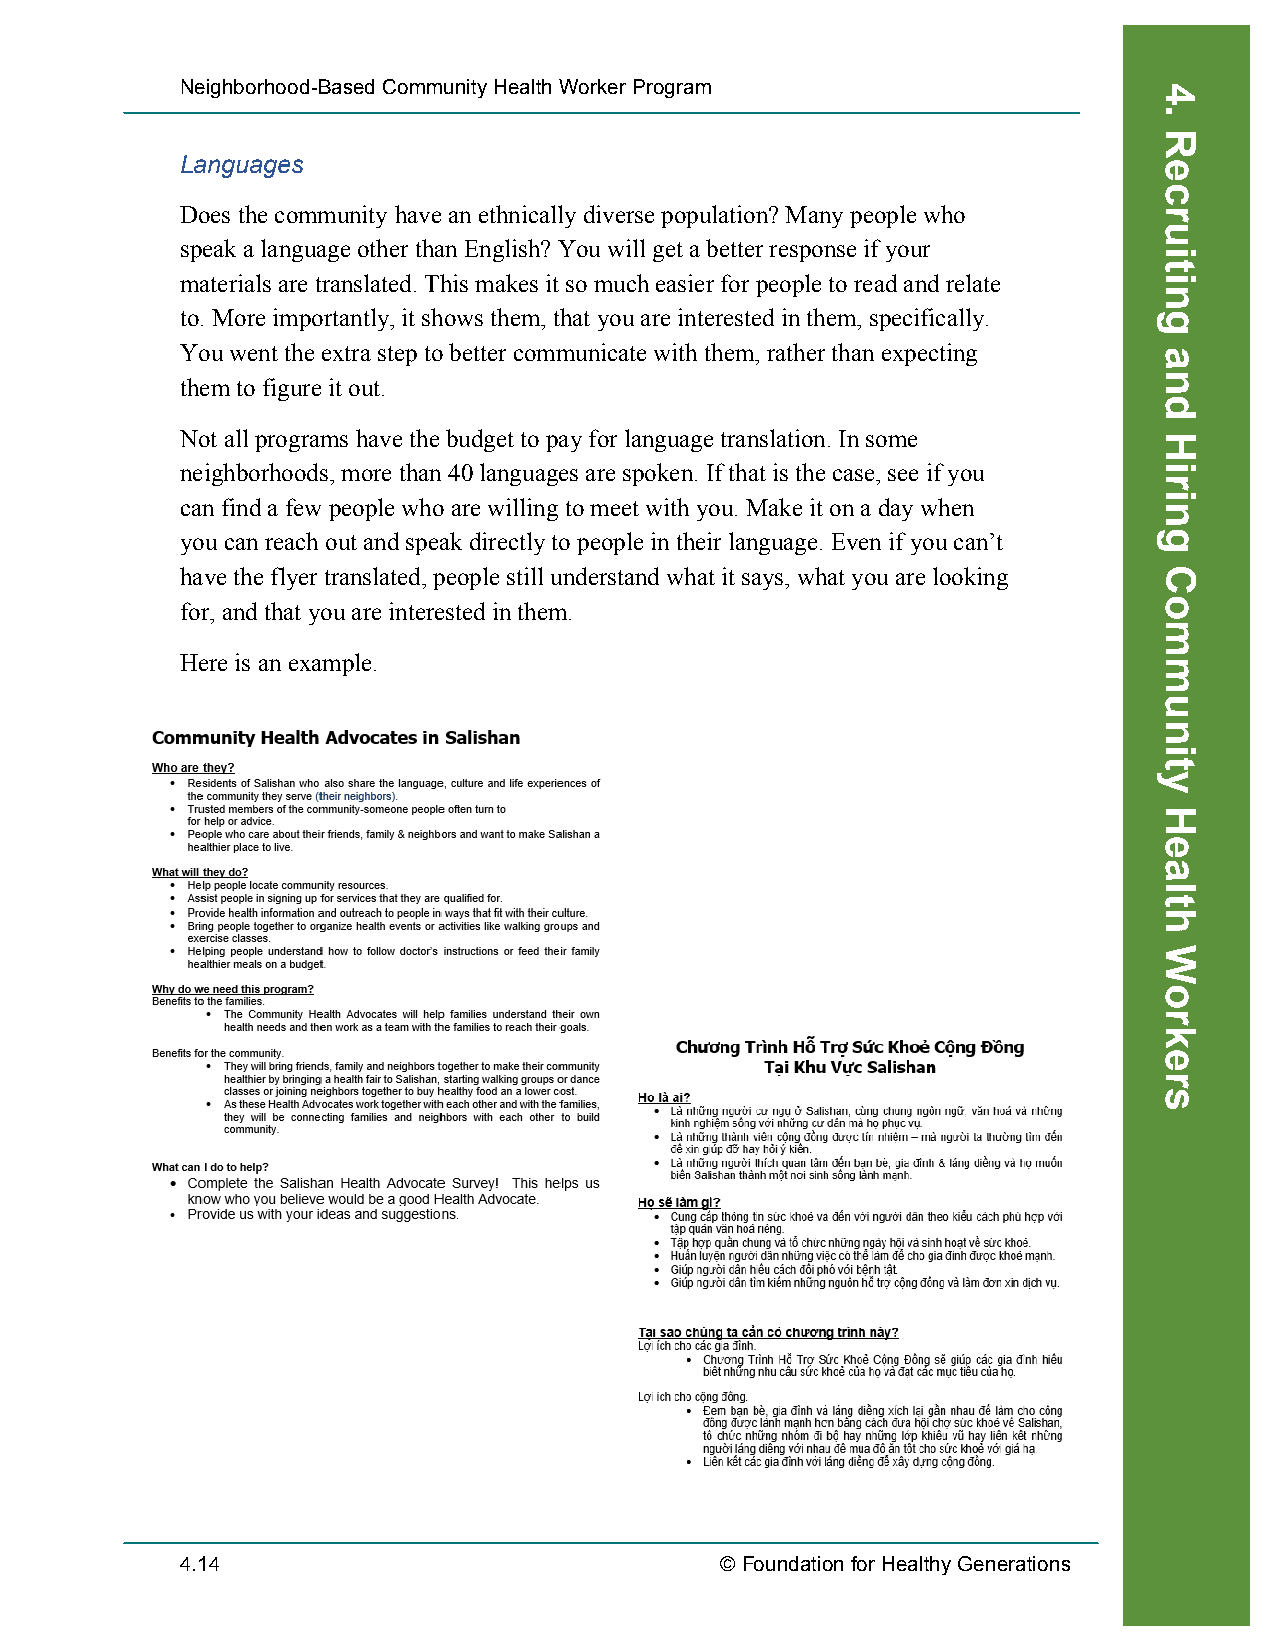
Neighborhood-Based Community Health Worker Program
 Languages
 Does the community have an ethnically diverse population? Many people who
 speak a language other than English? You will get a better response if your
 materials are translated. This makes it so much easier for people to read and relate
 to. More importantly, it shows them, that you are interested in them, specifically.
 You went the extra step to better communicate with them, rather than expecting
 them to figure it out.
 Not all programs have the budget to pay for language translation. In some
 neighborhoods, more than 40 languages are spoken. If that is the case, see if you
 can find a few people who are willing to meet with you. Make it on a day when
 you can reach out and speak directly to people in their language. Even if you can’t
 have the flyer translated, people still understand what it says, what you are looking
 for, and that you are interested in them.
 Here is an example.
 4.14                                © Foundation for Healthy Generations
 Recruiting
 4.
 Recruiting
 and
 Hiring
 Community
 Health
 Workers